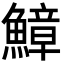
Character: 鱆